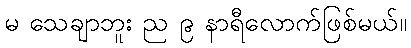
မ သေချာဘူး ည ၉ နာရီလောက်ဖြစ်မယ်။